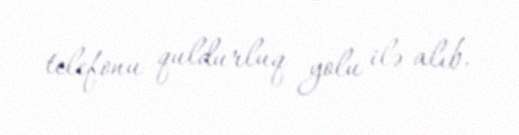
telefonu quldurluq yolu ilə alıb.